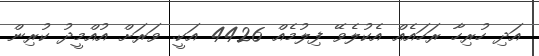
އަދި ހުރިހާ ރަހައެއް އެކުލެވޭ ފިލުމެއް 4426 އަކީ. ވަރަށް އުއްމީދު ކުރިން